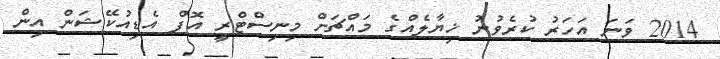
2014 ވަނަ އަހަރު ކުރެވުނު ޚިޔާލެއްގެ މައްޗަށް މިނިސްޓްރީ އޮފް އެޑިއުކޭޝަން އިން